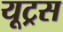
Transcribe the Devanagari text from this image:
यूट्रस